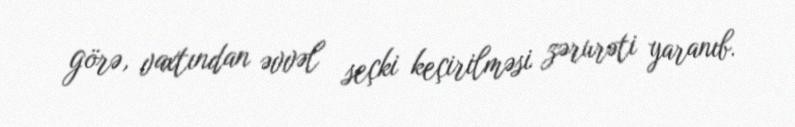
görə, vaxtından əvvəl seçki keçirilməsi zərurəti yaranıb.